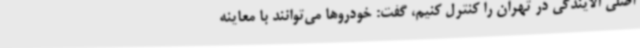
اصلی آلایندگی در تهران را کنترل کنیم، گفت: خودروها می‌توانند با معاینه